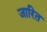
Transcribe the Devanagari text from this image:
जारित